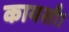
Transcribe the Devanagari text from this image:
कायसाँ।